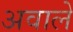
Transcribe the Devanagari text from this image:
अवाले